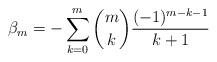
LaTeX: \begin{align*} \beta_m &= -\sum_{k=0}^m \binom{m}{k} \frac{(-1)^{m-k-1}}{k+1} \end{align*}